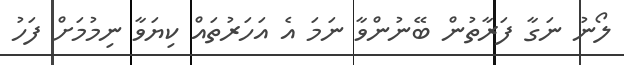
ލޯނު ނަގާ ފަރާތުން ބޭނުންވާ ނަމަ އެ އަހަރުތައް ކިޔަވާ ނިމުމަށް ފަހު